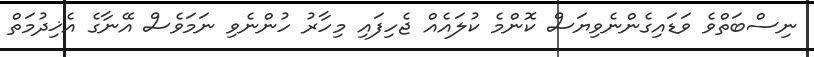
ނިސްބަތްވެ ވަޑައިގެންނެވިޔަސް ކޮންމެ ކުލައެއް ޖެހިފައި މިހާރު ހުންނެވި ނަމަވެސް އޭނާގެ އެޚިދުމަތް